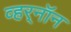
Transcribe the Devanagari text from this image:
व्हर्‌नॉन